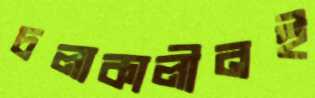
চলাকালীনই